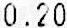
0.20